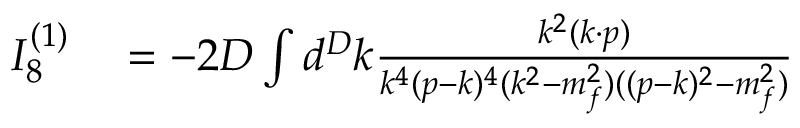
\begin{array} { r l } { I _ { 8 } ^ { ( 1 ) } } & { { } = - 2 D \int d ^ { D } k \frac { k ^ { 2 } ( k \cdot p ) } { k ^ { 4 } ( p - k ) ^ { 4 } ( k ^ { 2 } - m _ { f } ^ { 2 } ) ( ( p - k ) ^ { 2 } - m _ { f } ^ { 2 } ) } } \end{array}